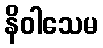
နိဝါသေမ